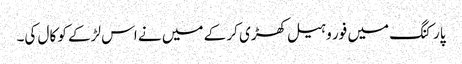
پارکنگ میں فور وہیل کھڑی کر کے میں نے اس لڑکے کو کال کی۔